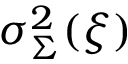
\sigma _ { \Sigma } ^ { 2 } ( \boldsymbol { \xi } )